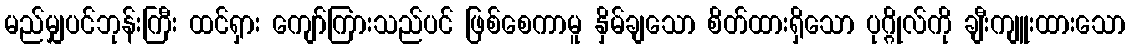
မည်မျှပင်ဘုန်းကြီး ထင်ရှား ကျော်ကြားသည်ပင် ဖြစ်စေကာမူ နှိမ်ချသော စိတ်ထားရှိသော ပုဂ္ဂိုလ်ကို ချီးကျူးထားသော